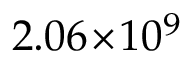
2 . 0 6 \! \times \! 1 0 ^ { 9 }